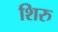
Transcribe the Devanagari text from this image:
शिरु